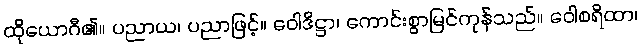
ထိုယောဂီ၏။ ပညာယ၊ ပညာဖြင့်။ ဝေါဒိဋ္ဌာ၊ ကောင်းစွာမြင်ကုန်သည်။ ဝေါစရိထာ၊